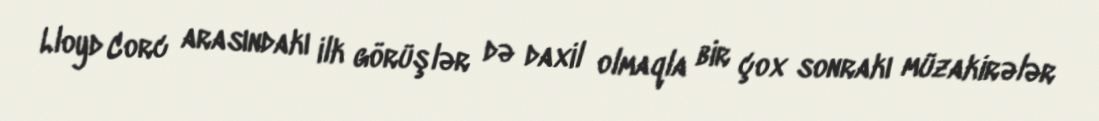
Lloyd Corc arasındakı ilk görüşlər də daxil olmaqla bir çox sonrakı müzakirələr